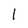
Character: 1